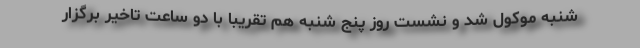
شنبه موکول شد و نشست روز پنج شنبه هم تقریبا با دو ساعت تاخیر برگزار